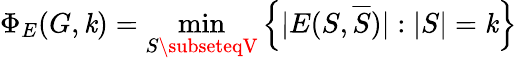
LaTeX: \Phi_{E}(G,\mathit{k})=\operatorname*{min}_{S\subseteqV}\left\{ |E(S,{\overline{{{S}}}})|:|S|=\mathit{k}\right\}